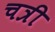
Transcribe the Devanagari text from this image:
चत्री